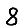
Digit: 8